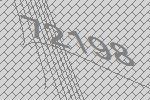
72198